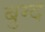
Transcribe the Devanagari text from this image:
बुग्द